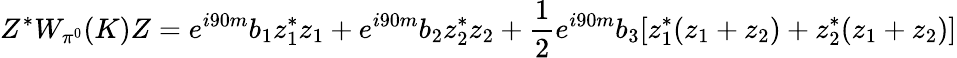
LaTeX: Z^{*}W_{\pi^{0}}(K)Z=e^{i90m}b_{1}z_{1}^{*}z_{1}+e^{i90m}b_{2}z_{2}^{*}z_{2}+\frac 12e^{i90m}b_{3}[z_{1}^{*}(z_{1}+z_{2})+z_{2}^{*}(z_{1}+z_{2})]